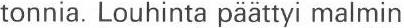
tonnia. Louhinta päättyi malmin